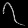
Digit: ၇